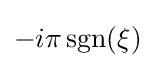
-i\pi \operatorname {sgn} (\xi )